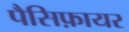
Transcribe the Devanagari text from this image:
पैसिफ़ायर